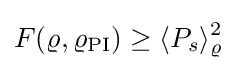
F(\varrho ,\varrho _{\rm {PI}})\geq \langle P_{s}\rangle _{\varrho }^{2}